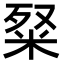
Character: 𥹏